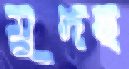
মুদছ